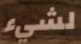
لشيء